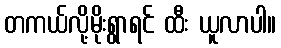
တကယ်လို့မိုးရွာရင် ထီး ယူလာပါ။